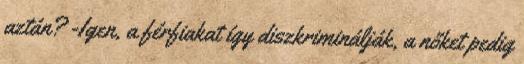
aztán? -Igen, a férfiakat így diszkriminálják, a nőket pedig